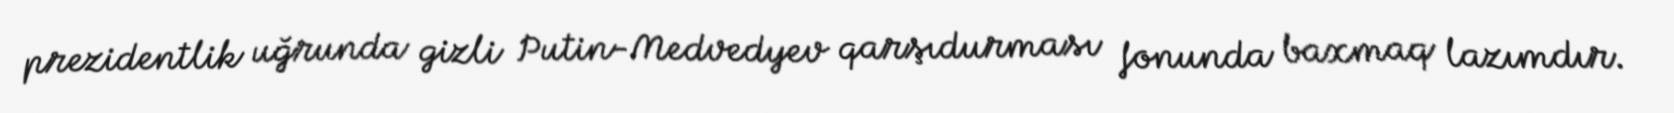
prezidentlik uğrunda gizli Putin-Medvedyev qarşıdurması fonunda baxmaq lazımdır.